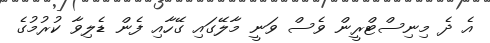
އެ ދެ މިނިސްޓްރީން ވެސް ވަނީ މާލޭގައި ގޭހާއި ފެން ޑެލިވާ ކުރުމުގެ